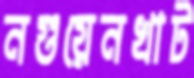
নগুয়েনখাট